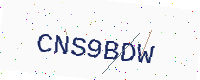
Text: CNS9BDW